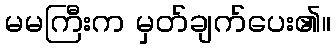
မမကြီးက မှတ်ချက်ပေး၏။